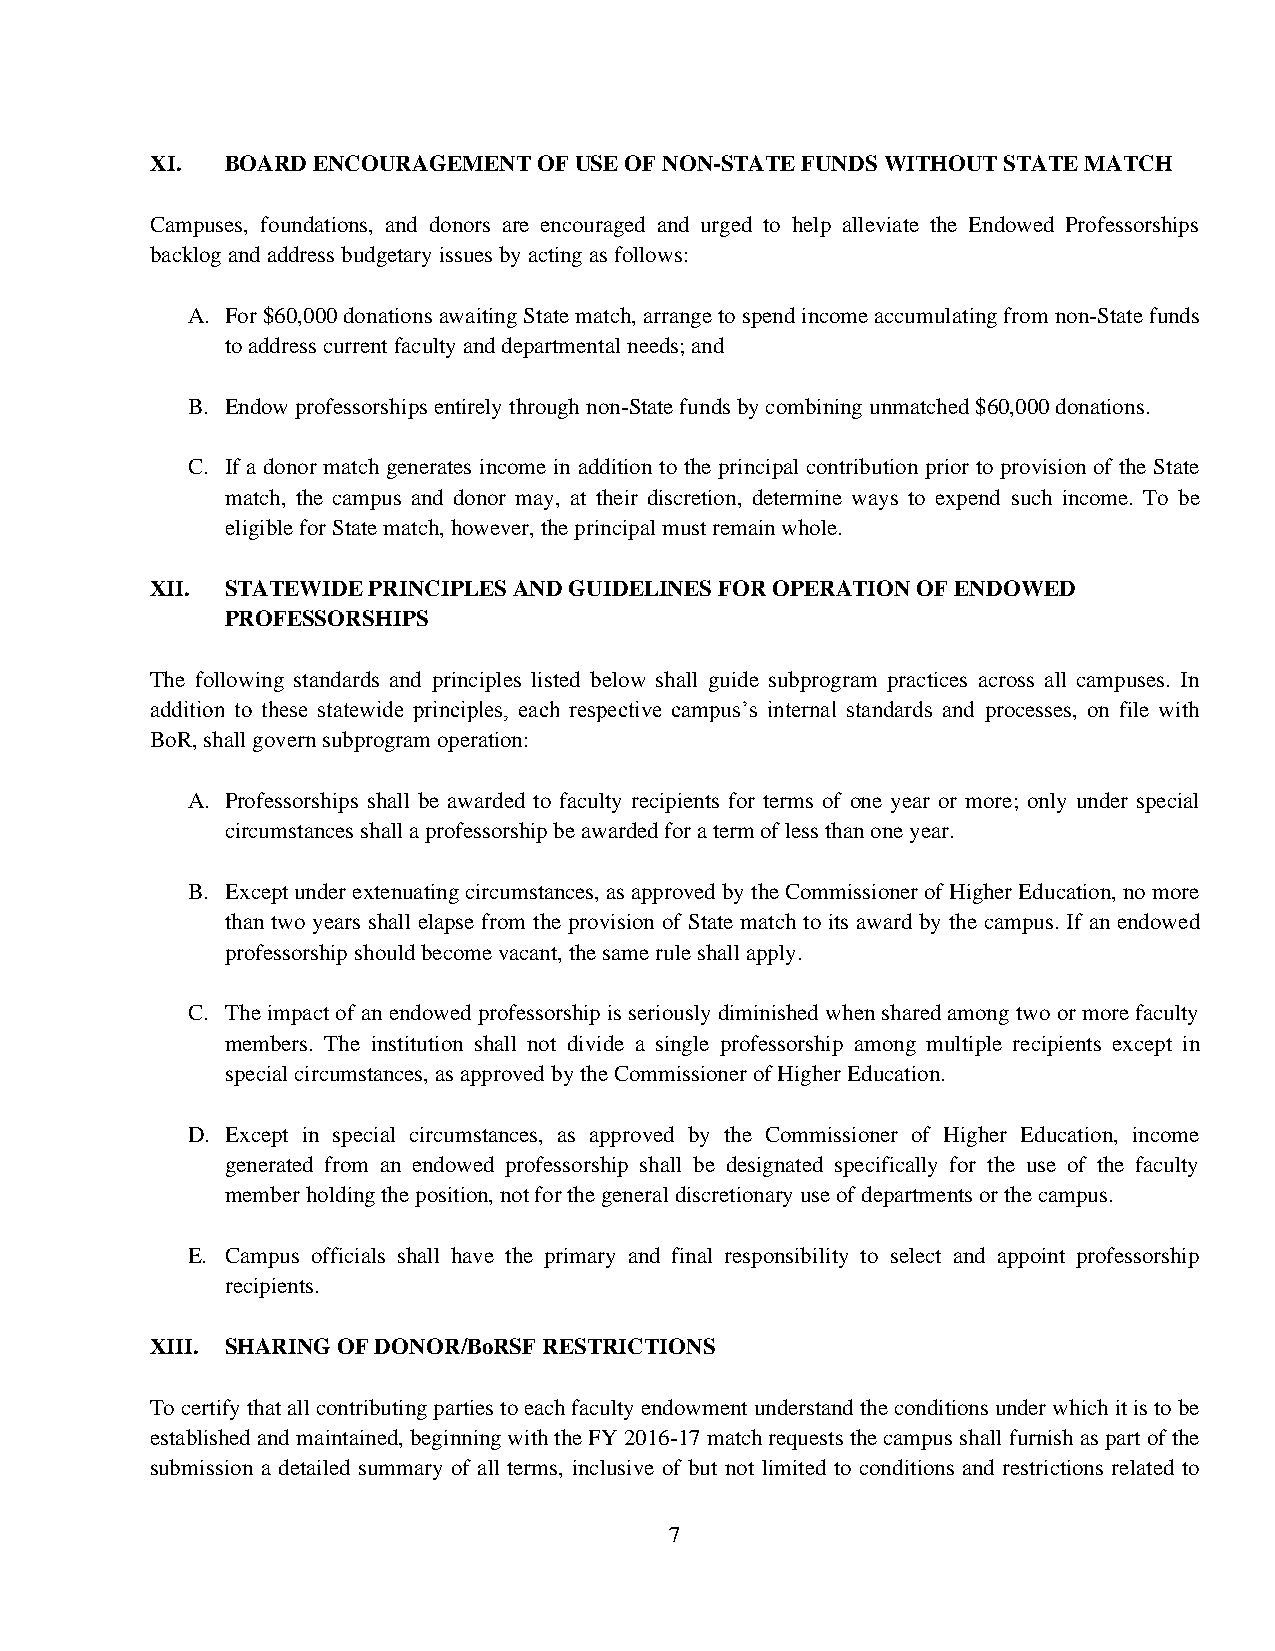
XI.  BOARD ENCOURAGEMENT  OF USE OF NON-STATE FUNDS WITHOUT STATE MATCH
 Campuses, foundations, and donors are encouraged and urged to help alleviate the Endowed Professorships
 backlog and address budgetary issues by acting as follows:
 A. For $60,000 donations awaiting State match, arrange to spend income accumulating from non-State funds
 to address current faculty and departmental needs; and
 B. Endow professorships entirely through non-State funds by combining unmatched $60,000 donations.
 C. If a donor match generates income in addition to the principal contribution prior to provision of the State
 match, the campus and donor may, at their discretion, determine ways to expend such income. To be
 eligible for State match, however, the principal must remain whole.
 XII. STATEWIDE PRINCIPLES AND GUIDELINES FOR OPERATION OF ENDOWED
 PROFESSORSHIPS
 The following standards and principles listed below shall guide subprogram practices across all campuses. In
 addition to these statewide principles, each respective campus’s internal standards and processes, on file with
 BoR, shall govern subprogram operation:
 A. Professorships shall be awarded to faculty recipients for terms of one year or more; only under special
 circumstances shall a professorship be awarded for a term of less than one year.
 B. Except under extenuating circumstances, as approved by the Commissioner of Higher Education, no more
 than two years shall elapse from the provision of State match to its award by the campus. If an endowed
 professorship should become vacant, the same rule shall apply.
 C. The impact of an endowed professorship is seriously diminished when shared among two or more faculty
 members. The institution shall not divide a single professorship among multiple recipients except in
 special circumstances, as approved by the Commissioner of Higher Education.
 D. Except in special circumstances, as approved by the Commissioner of Higher Education, income
 generated from an endowed professorship shall be designated specifically for the use of the faculty
 member holding the position, not for the general discretionary use of departments or the campus.
 E. Campus officials shall have the primary and final responsibility to select and appoint professorship
 recipients.
 XIII. SHARING OF DONOR/BoRSF RESTRICTIONS
 To certify that all contributing parties to each faculty endowment understand the conditions under which it is to be
 established and maintained, beginning with the FY 2016-17 match requests the campus shall furnish as part of the
 submission a detailed summary of all terms, inclusive of but not limited to conditions and restrictions related to
 7